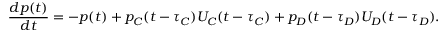
\frac { d p ( t ) } { d t } = - p ( t ) + p _ { C } ( t - \tau _ { C } ) U _ { C } ( t - \tau _ { C } ) + p _ { D } ( t - \tau _ { D } ) U _ { D } ( t - \tau _ { D } ) .